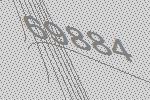
69884